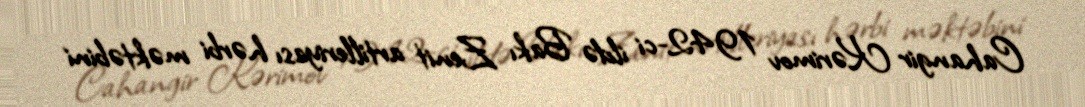
Cahangir Kərimov 1942-ci ildə Bakı Zenit artilleriyası hərbi məktəbini